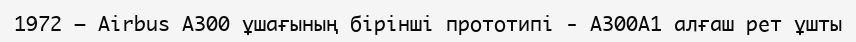
1972 — Airbus A300 ұшағының бірінші прототипі - A300A1 алғаш рет ұшты